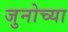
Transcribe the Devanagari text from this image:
जुनोच्या